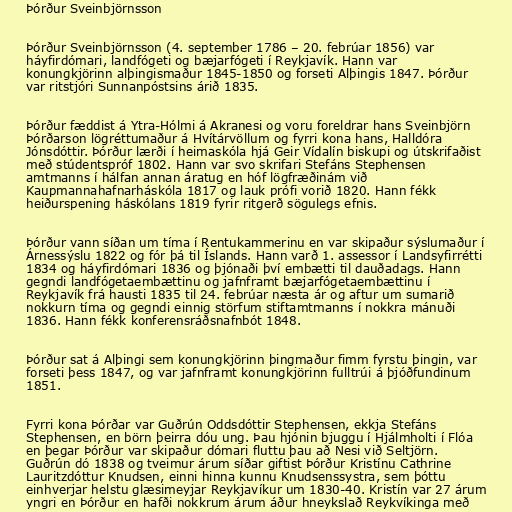
Þórður Sveinbjörnsson

Þórður Sveinbjörnsson (4. september 1786 – 20. febrúar 1856) var
háyfirdómari, landfógeti og bæjarfógeti í Reykjavík. Hann var
konungkjörinn alþingismaður 1845-1850 og forseti Alþingis 1847. Þórður
var ritstjóri Sunnanpóstsins árið 1835.

Þórður fæddist á Ytra-Hólmi á Akranesi og voru foreldrar hans Sveinbjörn
Þórðarson lögréttumaður á Hvítárvöllum og fyrri kona hans, Halldóra
Jónsdóttir. Þórður lærði í heimaskóla hjá Geir Vídalín biskupi og útskrifaðist
með stúdentspróf 1802. Hann var svo skrifari Stefáns Stephensen
amtmanns í hálfan annan áratug en hóf lögfræðinám við
Kaupmannahafnarháskóla 1817 og lauk prófi vorið 1820. Hann fékk
heiðurspening háskólans 1819 fyrir ritgerð sögulegs efnis.

Þórður vann síðan um tíma í Rentukammerinu en var skipaður sýslumaður í
Árnessýslu 1822 og fór þá til Íslands. Hann varð 1. assessor í Landsyfirrétti
1834 og háyfirdómari 1836 og þjónaði því embætti til dauðadags. Hann
gegndi landfógetaembættinu og jafnframt bæjarfógetaembættinu í
Reykjavík frá hausti 1835 til 24. febrúar næsta ár og aftur um sumarið
nokkurn tíma og gegndi einnig störfum stiftamtmanns í nokkra mánuði
1836. Hann fékk konferensráðsnafnbót 1848.

Þórður sat á Alþingi sem konungkjörinn þingmaður fimm fyrstu þingin, var
forseti þess 1847, og var jafnframt konungkjörinn fulltrúi á þjóðfundinum
1851.

Fyrri kona Þórðar var Guðrún Oddsdóttir Stephensen, ekkja Stefáns
Stephensen, en börn þeirra dóu ung. Þau hjónin bjuggu í Hjálmholti í Flóa
en þegar Þórður var skipaður dómari fluttu þau að Nesi við Seltjörn.
Guðrún dó 1838 og tveimur árum síðar giftist Þórður Kristínu Cathrine
Lauritzdóttur Knudsen, einni hinna kunnu Knudsenssystra, sem þóttu
einhverjar helstu glæsimeyjar Reykjavíkur um 1830-40. Kristín var 27 árum
yngri en Þórður en hafði nokkrum árum áður hneykslað Reykvíkinga með